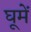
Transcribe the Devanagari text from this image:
घूमें